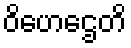
ဝိဟေဌေတိ